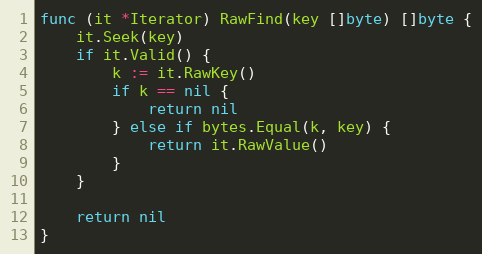
Language: Go
func (it *Iterator) RawFind(key []byte) []byte {
	it.Seek(key)
	if it.Valid() {
		k := it.RawKey()
		if k == nil {
			return nil
		} else if bytes.Equal(k, key) {
			return it.RawValue()
		}
	}

	return nil
}